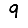
Digit: 9